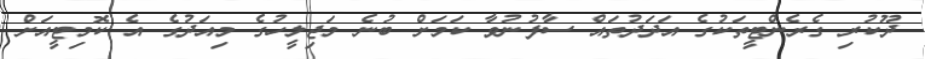
ދޫކުރި ގެރެންޓީތަކުގެ އަދަދުތައް ސާފުނުވާ ކަމަށް ބުނެ މަޖިލީހުގެ މިއަދުގެ އެ ކޮމިޓީއަށް